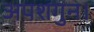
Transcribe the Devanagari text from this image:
अपशगुन।